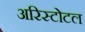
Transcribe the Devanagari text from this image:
अरिस्टोटल